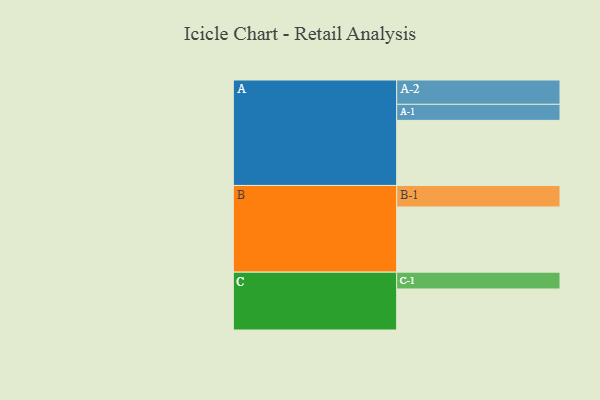
{"axis": {"x": "Segment", "y": "Value"}, "legend": ["", "A", "B", "C"], "data": [{"x": "A", "y": 503, "type": ""}, {"x": "B", "y": 504, "type": ""}, {"x": "C", "y": 317, "type": ""}, {"x": "A-1", "y": 124, "type": "A"}, {"x": "A-2", "y": 188, "type": "A"}, {"x": "B-1", "y": 166, "type": "B"}, {"x": "C-1", "y": 130, "type": "C"}]}